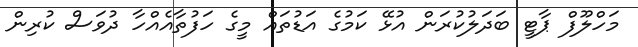
މަހްލޫފް ޕާޓީ ބަދަލުކުރަން އުޅޭ ކަމުގެ އަޑުތައް މީގެ ހަފުތާއެއްހާ ދުވަސް ކުރިން